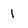
Character: 1